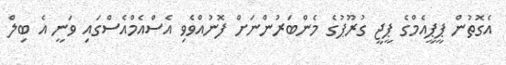
އެގޮތުން ޕީޕީއެމްގެ ޕީޖީ ގުރޫޕުގެ މެންބަރުންނަށް ފޮނުއްވެވި އެސްއެމްއެސްގައި ވަނީ އެ ބިލް